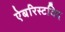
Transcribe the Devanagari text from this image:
ऐबरिस्टविद